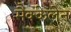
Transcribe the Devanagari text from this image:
मैक्केलेन